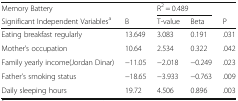
<table><thead><tr><td><b>Memory Battery</b></td><td></td><td colspan="2"><b>R<sup>2</sup> = 0.489</b></td><td></td></tr><tr><td><b>Significant Independent Variables<sup>a</sup></b></td><td><b>B</b></td><td><b>T-value</b></td><td><b>Beta</b></td><td><b>P</b></td></tr></thead><tbody><tr><td>Eating breakfast regularly</td><td>13.649</td><td>3.083</td><td>0.191</td><td>.031</td></tr><tr><td>Mother’s occupation</td><td>10.64</td><td>2.534</td><td>0.322</td><td>.042</td></tr><tr><td>Family yearly income(Jordan Dinar)</td><td>−11.05</td><td>−2.018</td><td>−0.249</td><td>.023</td></tr><tr><td>Father’s smoking status</td><td>−18.65</td><td>−3.933</td><td>−0.763</td><td>.009</td></tr><tr><td>Daily sleeping hours</td><td>19.72</td><td>4.506</td><td>0.896</td><td>.003</td></tr></tbody></table>